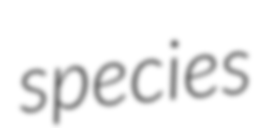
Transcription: species